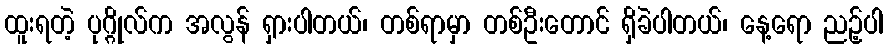
ထူးရတဲ့ ပုဂ္ဂိုလ်က အလွန် ရှားပါတယ်၊ တစ်ရာမှာ တစ်ဦးတောင် ရှိခဲပါတယ်၊ နေ့ရော ညဉ့်ပါ